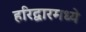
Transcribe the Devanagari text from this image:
हरिद्वारमध्ये